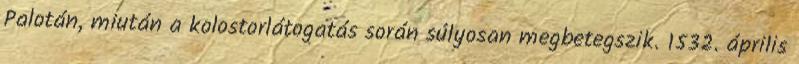
Palotán, miután a kolostorlátogatás során súlyosan megbetegszik. 1532. április